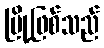
မြို့ဖြစ်သည်